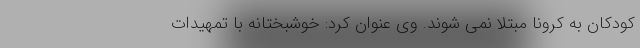
کودکان به کرونا مبتلا نمی شوند. وی عنوان کرد: خوشبختانه با تمهیدات